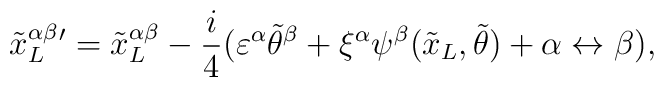
{{\tilde x_L}^{\alpha \beta}}{}^{\prime}={{\tilde x_L}^{\alpha \beta}} - \frac{i}{4}(\varepsilon^{\alpha} {\tilde \theta}^{\beta} +      \xi^{\alpha}\psi^{\beta}({\tilde x_L},{\tilde \theta}) + \alpha \leftrightarrow \beta),